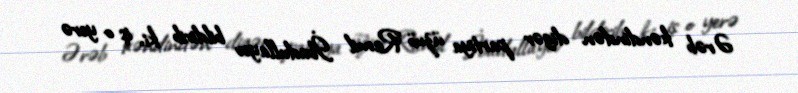
Ərəb kəndindən digər partiya üzvü Ramil İbadullayev bildirib ki, iş o yerə